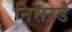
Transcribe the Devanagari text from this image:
निसरडे